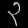
Digit: ၃